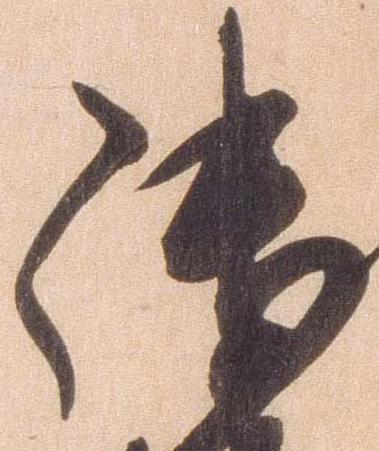
御